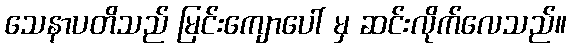
သေနာပတိသည် မြင်းကျောပေါ် မှ ဆင်းလိုက်လေသည်။